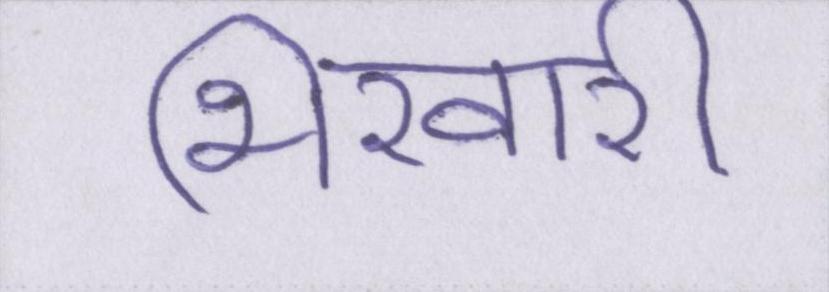
भिखारी